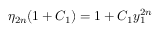
\eta _ { 2 n } ( 1 + C _ { 1 } ) = 1 + C _ { 1 } y _ { 1 } ^ { 2 n }